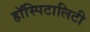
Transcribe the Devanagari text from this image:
हॉस्पिटालिटी